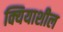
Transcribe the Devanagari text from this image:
क्यियाशील